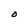
Character: O